Leaving Certificate Examination, 1913
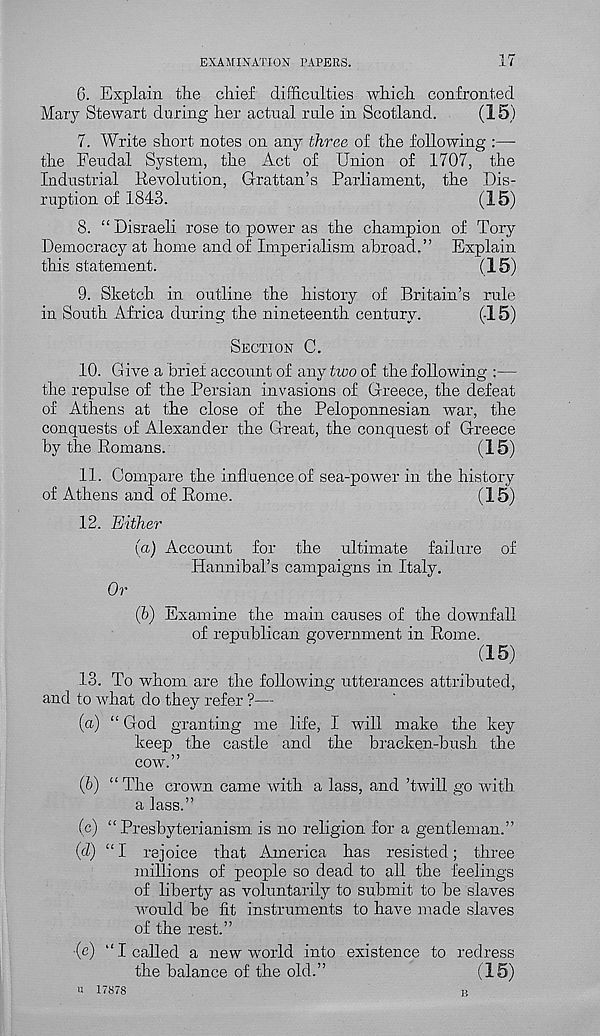
EXAMINATION PAPERS.
17
G. Explain the chief difficulties which confronted
Mary Stewart during her actual rule in Scotland.
(15)
7. Write short notes on any three of the following :—
the Feudal System, the Act of Union of 1707, the
Industrial Revolution, Grattan’s Parliament, the Dis-
ruption of 1843.
(15)
8. “ Disraeli rose to power as the champion of Tory
Democracy at home and of Imperialism abroad,” Explain
this statement.
(15)
9. Sketch, in outline the history of Britain’s rule
in South Africa during the nineteenth century.
(15)
SECTION C.
10. Give a brief account of any two of the following :—
the repulse of the Persian invasions of Greece, the defeat
of Athens at the close of the Peloponnesian war, the
conquests of Alexander the Great, the conquest of Greece
by the Romans.
(15)
11. Compare the influence of sea-power in the history
of Athens and of Rome.
(15)
12. Either
(a)
Account for
Hannibal’s campaigns in Italy.
Or
(h) Examine the main causes of the downfall
of republican government in Rome.
(15)
13. To whom are the following utterances attributed,
and to what do they refer ?—
(a) “ God granting me life, I will make the key
keep the castle and the bracken-bush the
cow.”
(b) “The crown came with a lass, and ’twill go with
a lass.”
(c) “Presbyterianism is no religion for a gentleman.”
(d) “I rejoice that America has resisted; three
millions of people so dead to all the feelings
of liberty as voluntarily to submit to be slaves
would be fit instruments to have made slaves
of the rest.”
(e) “I called a new world into existence to redress
the balance of the old.”
(15)
B
U 17878